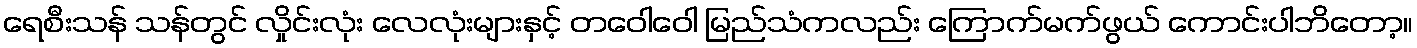
ရေစီးသန် သန်တွင် လှိုင်းလုံး လေလုံးများနှင့် တဝေါဝေါ မြည်သံကလည်း ကြောက်မက်ဖွယ် ကောင်းပါဘိတော့။